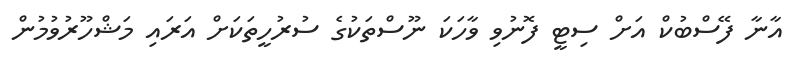
އާނާ ފޭސްބުކް އަށް ސިޓީ ފޮނުވި ވާހަކަ ނޫސްތަކުގެ ސުރުހީތަކަށް އަރައި މަޝްހޫރުވުމުން